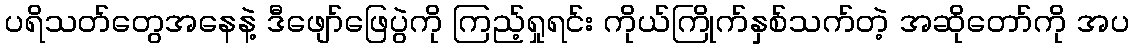
ပရိသတ်တွေအနေနဲ့ ဒီဖျော်ဖြေပွဲကို ကြည့်ရှုရင်း ကိုယ်ကြိုက်နှစ်သက်တဲ့ အဆိုတော်ကို အပ